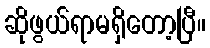
ဆိုဖွယ်ရာမရှိတော့ပြီ။